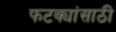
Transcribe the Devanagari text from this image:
फटक्यांसाठी